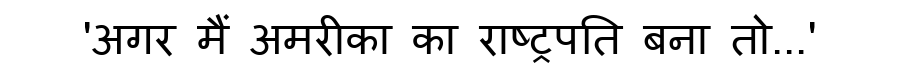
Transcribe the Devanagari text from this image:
'अगर मैं अमरीका का राष्ट्रपति बना तो...'